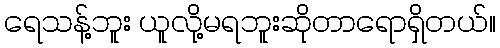
ရေသန့်ဘူး ယူလို့မရဘူးဆိုတာရောရှိတယ်။